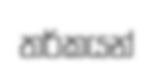
තර්කයන්